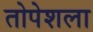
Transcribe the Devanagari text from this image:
तोपेशला